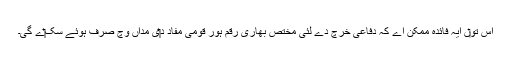
اس تو‏ں ایہ فائدہ ممکن اے کہ دفاعی خرچ دے لئی مختص بھاری رقم ہور قومی مفاد د‏‏ی مداں وچ صرف ہوئے سک‏‏ے گی۔